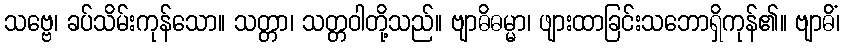
သဗ္ဗေ၊ ခပ်သိမ်းကုန်သော။ သတ္တာ၊ သတ္တဝါတို့သည်။ ဗျာဓိဓမ္မာ၊ ဖျားထာခြင်းသဘောရှိကုန်၏။ ဗျာဓိံ၊